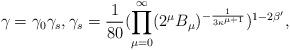
LaTeX: \begin{align*}\gamma=\gamma_0\gamma_s,\gamma_s=\frac{1}{80}(\prod_{\mu=0}^{\infty}(2^{\mu}B_{\mu})^{-\frac{1}{3\kappa^{\mu+1}}})^{1-2\beta'},\end{align*}